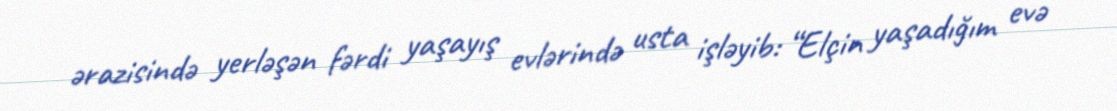
ərazisində yerləşən fərdi yaşayış evlərində usta işləyib: “Elçin yaşadığım evə